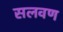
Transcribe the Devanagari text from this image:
सलवण